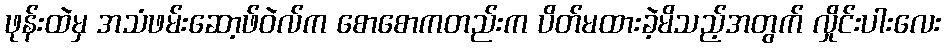
ဖုန်းထဲမှ အသံဖမ်းဆော့ဖ်ဝဲလ်က စောစောကတည်းက ပိတ်မထားခဲ့မိသည့်အတွက် လှိုင်းပါးလေး